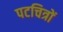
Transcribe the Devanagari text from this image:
पटचित्रों